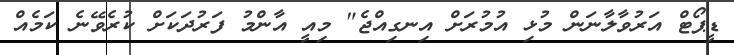
ޑީޕޯޓް އަރުވާލާނަން މުޅި އުމުރަށް އިނގިއްޖެ" މިއީ އާންމު ފަރުދަކަށް ކުރެވޭނެ ކަމެއް